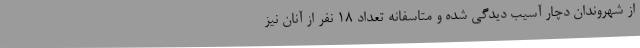
از شهروندان دچار آسیب دیدگی شده و متاسفانه تعداد 18 نفر از آنان نیز